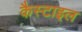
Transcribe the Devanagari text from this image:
कैस्टाइल